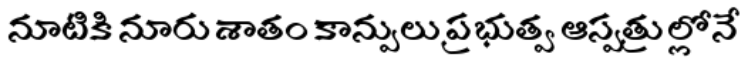
నూటికి నూరు శాతం కాన్పులు ప్రభుత్వ ఆస్పత్రుల్లోనే